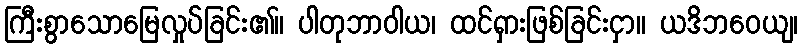
ကြီးစွာသောမြေလှုပ်ခြင်း၏။ ပါတုဘာဝါယ၊ ထင်ရှားဖြစ်ခြင်းငှာ။ ယဒိဘဝေယျ၊